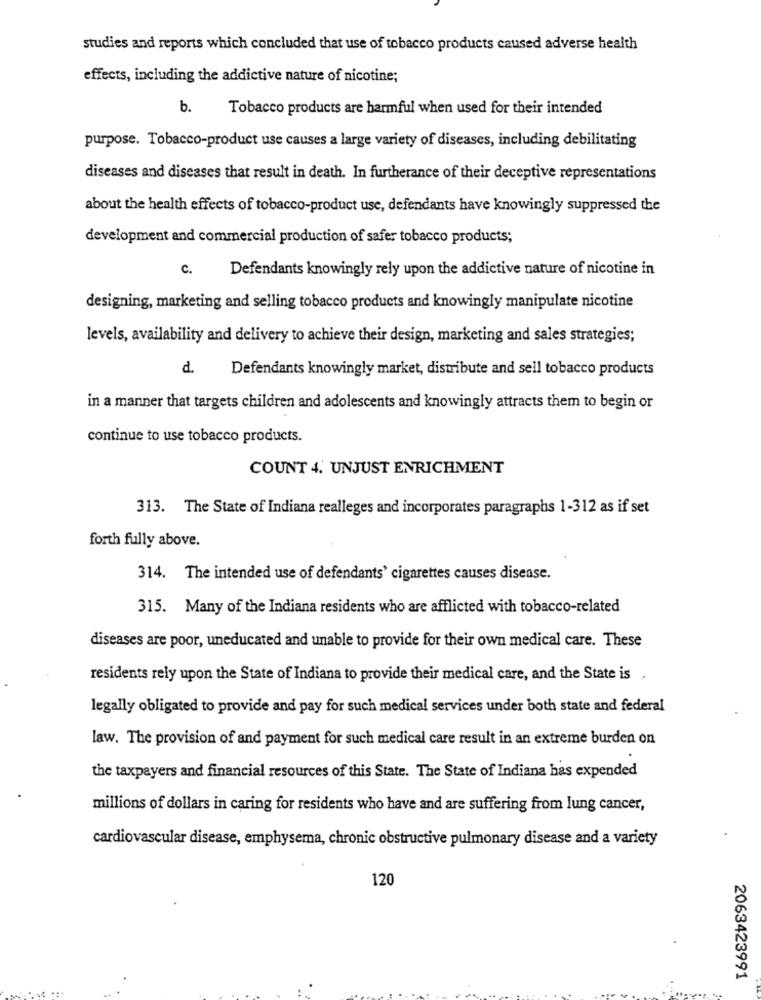
studies and reports which concluded that use of tobacco products caused adverse health
effects, including the addictive nature of nicotine;
b.
Tobacco products are harmful when used for their intended
purpose. Tobacco-product use causes a large variety of diseases, including debilitating
diseases and diseases that result in death. In furtherance of their deceptive representations
about the health effects of tobacco-product use, defendants have knowingly suppressed the
development and commercial production of safer tobacco products;
c. Defendants knowingly rely upon the addictive nature of nicotine in
designing, marketing and selling tobacco products and knowingly manipulate nicotine
levels, availability and delivery to achieve their design, marketing and sales strategies;
d.
Defendants knowingly market, distribute and sell tobacco products
in a manner that targets children and adolescents and knowingly attracts them to begin or
continue to use tobacco products.
COUNT 4. UNJUST ENRICHMENT
313. The State of Indiana realleges and incorporates paragraphs 1-312 as if set
forth fully above.
314. The intended use of defendants' cigarettes causes disease.
315. Many of the Indiana residents who are afflicted with tobacco-related
diseases are poor, uneducated and unable to provide for their own medical care. These
residents rely upon the State of Indiana to provide their medical care, and the State is ,
legally obligated to provide and pay for such medical services under both state and federal
law. The provision of and payment for such medical care result in an extreme burden on
the taxpayers and financial resources of this State. The State of Indiana has expended
millions of dollars in caring for residents who have and are suffering from lung cancer,
cardiovascular disease, emphysema, chronic obstructive pulmonary disease and a variety
120
2063423991